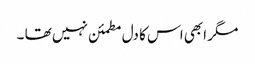
مگر ابھی اس کا دل مطمئن نہیں تھا ۔